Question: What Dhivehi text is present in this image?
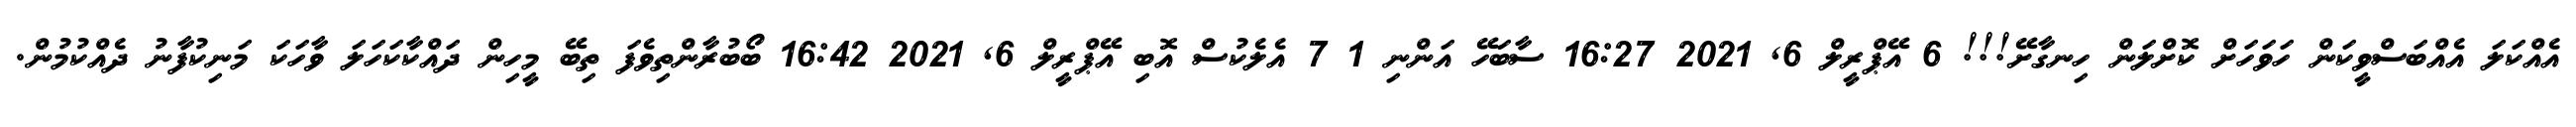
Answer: އެއްކަލަ އެއްބަސްވީކަން ހަވަހަށް ކޮށްލަން ހިނގާށޭ!!! 6 އޭޕްރީލް 6, 2021 16:27 ސާބަހޭ އަންނި 1 7 އެލެކުސް އޮބި އޭޕްރީލް 6, 2021 16:42 ބޯބުރާންތިވެފަ ތިބޭ މީހިން ދައްކާކަހަލަ ވާހަކަ މަނިކުފާނު ދެއްކުމުން.